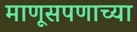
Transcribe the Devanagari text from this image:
माणूसपणाच्या